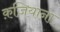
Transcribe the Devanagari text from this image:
क़ज़ियाना